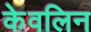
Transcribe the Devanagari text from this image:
केवलिन